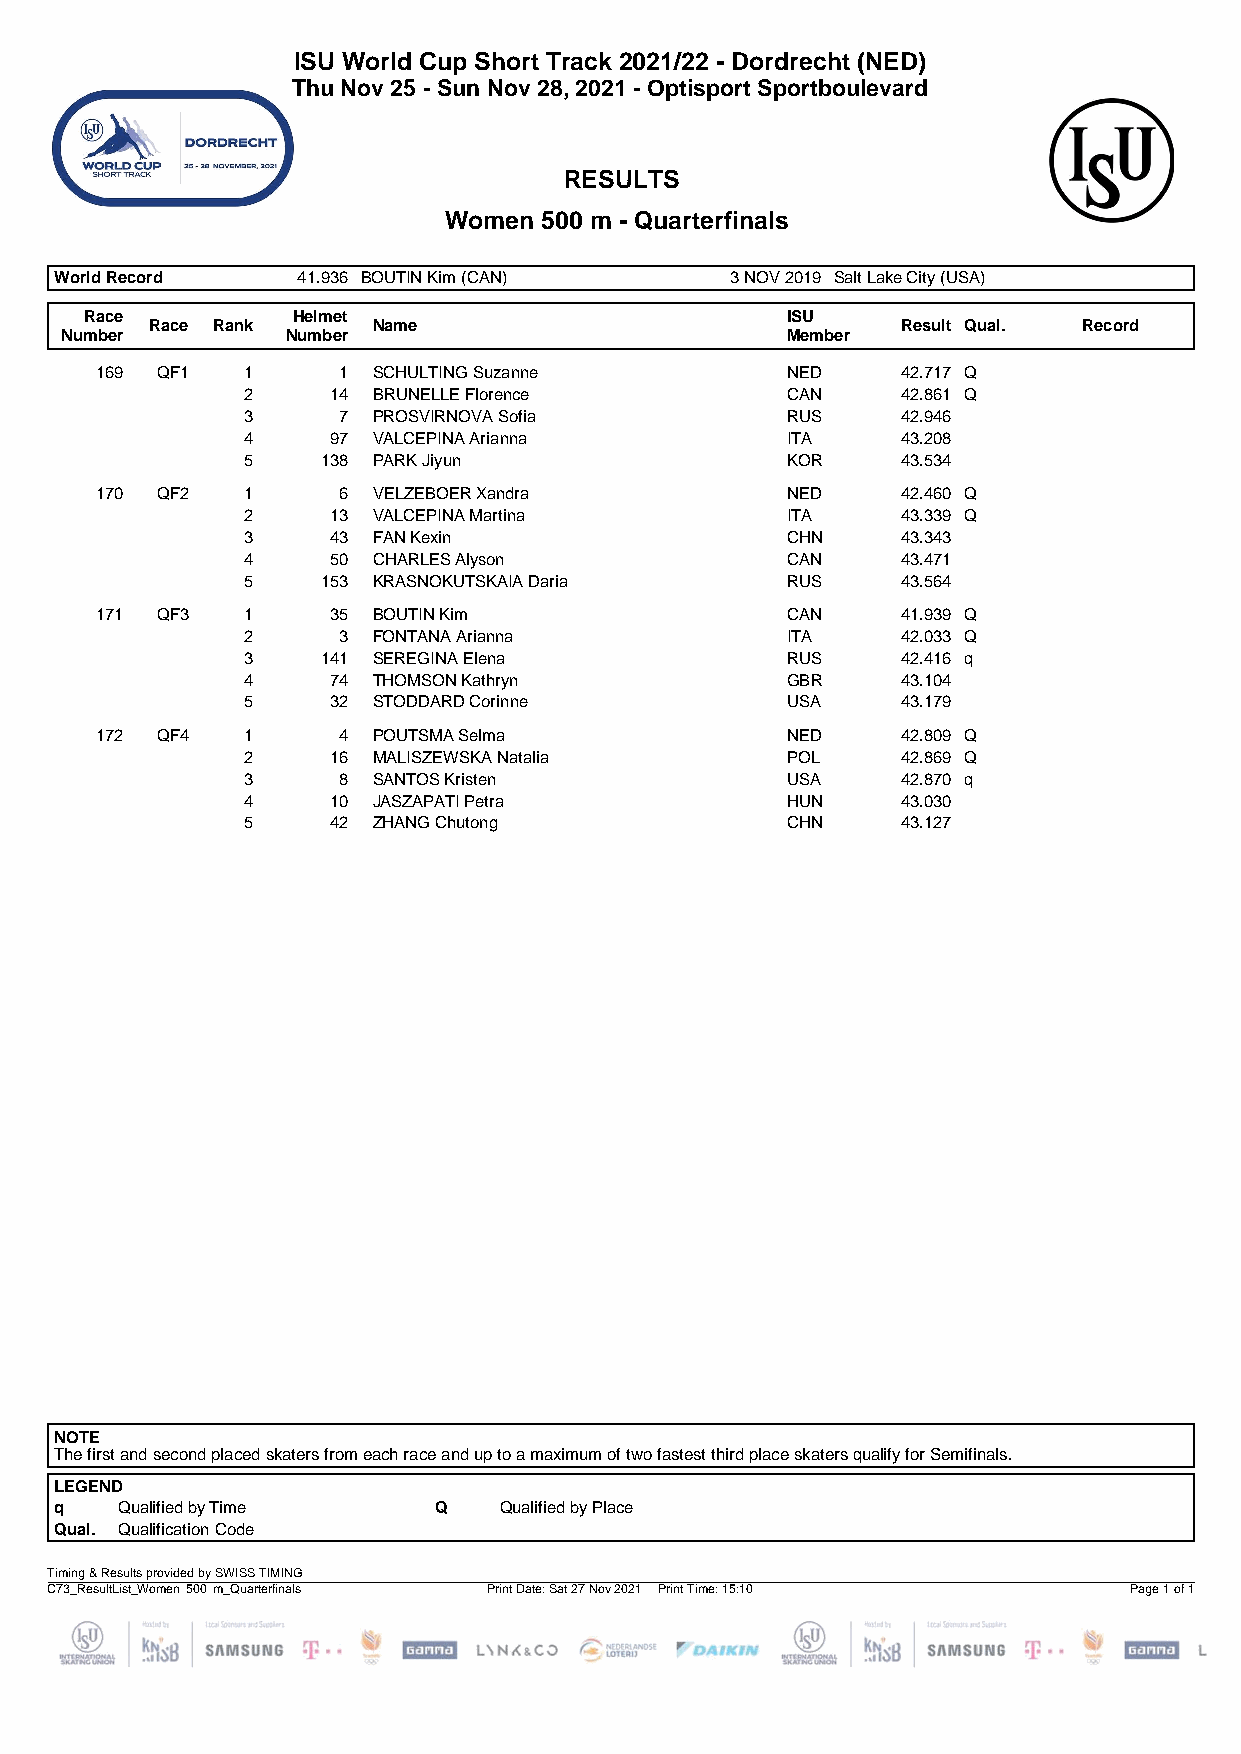
ISU World Cup Short Track 2021/22 - Dordrecht (NED)
 Thu Nov 25 - Sun Nov 28, 2021 - Optisport Sportboulevard
 RESULTS
 Women  500 m - Quarterfinals
 World Record    41.936 BOUTIN Kim (CAN)     3 NOV 2019 Salt Lake City (USA)
 Race         Helmet                           ISU
 Race Rank      Name                               Result Qual. Record
 Number         Number                           Member
 169 QF1   1     1  SCHULTING Suzanne          NED     42.717 Q
 2     14 BRUNELLE Florence          CAN     42.861 Q
 3     7  PROSVIRNOVA Sofia          RUS     42.946
 4     97 VALCEPINA Arianna          ITA     43.208
 5    138 PARK Jiyun                 KOR     43.534
 170 QF2   1     6  VELZEBOER Xandra           NED     42.460 Q
 2     13 VALCEPINA Martina          ITA     43.339 Q
 3     43 FAN Kexin                  CHN     43.343
 4     50 CHARLES Alyson             CAN     43.471
 5    153 KRASNOKUTSKAIA Daria       RUS     43.564
 171 QF3   1     35 BOUTIN Kim                 CAN     41.939 Q
 2     3  FONTANA Arianna            ITA     42.033 Q
 3    141 SEREGINA Elena             RUS     42.416 q
 4     74 THOMSON Kathryn            GBR     43.104
 5     32 STODDARD Corinne           USA     43.179
 172 QF4   1     4  POUTSMA Selma              NED     42.809 Q
 2     16 MALISZEWSKA Natalia        POL     42.869 Q
 3     8  SANTOS Kristen             USA     42.870 q
 4     10 JASZAPATI Petra            HUN     43.030
 5     42 ZHANG Chutong              CHN     43.127
 NOTE
 The first and second placed skaters from each race and up to a maximum of two fastest third place skaters qualify for Semifinals.
 LEGEND
 q   Qualified by Time    Q   Qualified by Place
 Qual. Qualification Code
 Timing & Results provided by SWISS TIMING
 C73_ResultList_Women 500 m_Quarterfinals Print Date: Sat 27 Nov 2021 Print Time: 15:10 Page 1 of 1